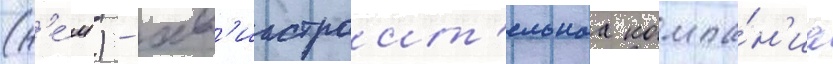
(н'е́м.) - ав'иастроит'ельнаа компа́н'иа